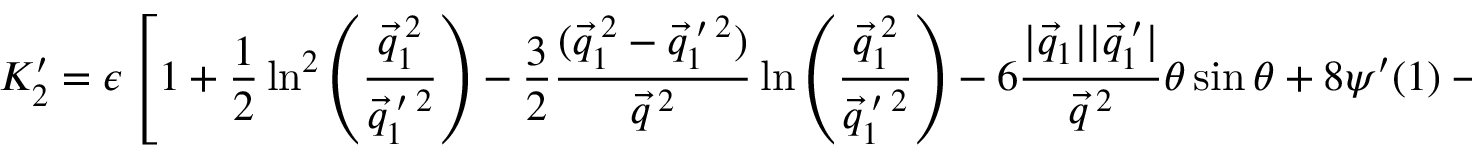
K _ { 2 } ^ { \prime } = \epsilon \left[ 1 + \frac { 1 } { 2 } \ln ^ { 2 } \left( \frac { \vec { q } _ { 1 } ^ { \: 2 } } { \vec { q } _ { 1 } ^ { \: \prime \: 2 } } \right) - \frac { 3 } { 2 } \frac { ( \vec { q } _ { 1 } ^ { \: 2 } - \vec { q } _ { 1 } ^ { \: \prime \: 2 } ) } { \vec { q } ^ { \: 2 } } \ln \left( \frac { \vec { q } _ { 1 } ^ { \: 2 } } { \vec { q } _ { 1 } ^ { \: \prime \: 2 } } \right) - 6 \frac { | \vec { q } _ { 1 } | | \vec { q } _ { 1 } ^ { \: \prime } | } { \vec { q } ^ { \: 2 } } \theta \sin \theta + 8 \psi ^ { \prime } ( 1 ) - 2 \theta ^ { 2 } \right] ,